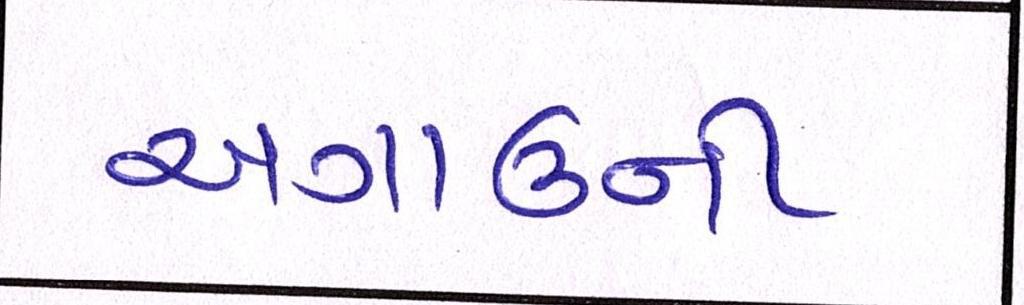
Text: અગાઉની